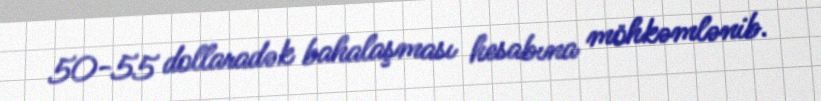
50-55 dollaradək bahalaşması hesabına möhkəmlənib.